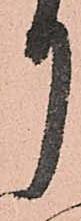
月